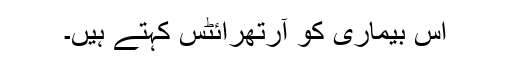
اس بیماری کو آرتھرائٹس کہتے ہیں۔